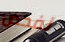
نفحص